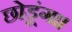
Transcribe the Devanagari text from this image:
छोडूंगा।